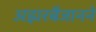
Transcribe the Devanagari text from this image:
अझरबैजानने